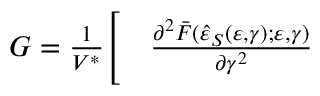
\begin{array} { r l } { G = \frac { 1 } { V ^ { \ast } } \Bigg [ } & { { } \frac { \partial ^ { 2 } \bar { F } ( \hat { \varepsilon } _ { S } ( \varepsilon , \gamma ) ; \varepsilon , \gamma ) } { \partial \gamma ^ { 2 } } } \end{array}